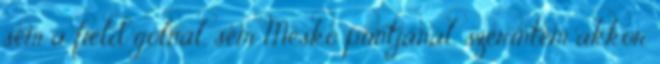
sem a field gólnál, sem Meskó puntjánál, szerintem akkor